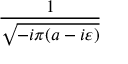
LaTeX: \frac { 1 } { \sqrt { - i \pi ( a - i \varepsilon ) } }